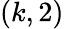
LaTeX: (k,2)